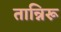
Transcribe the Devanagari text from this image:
तान्निरू